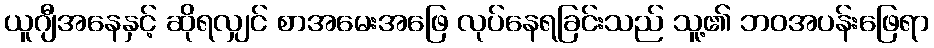
ယူဂျီအနေနှင့် ဆိုရလျှင် စာအမေးအဖြေ လုပ်နေရခြင်းသည် သူ့၏ ဘဝအပန်းဖြေရာ